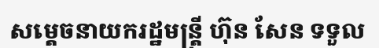
សម្តេចនាយករដ្ឋមន្ត្រី ហ៊ុន សែន ទទួល